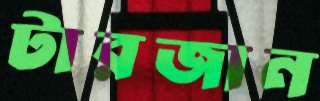
টারজান